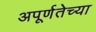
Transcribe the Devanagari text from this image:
अपूर्णतेच्या